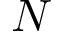
N